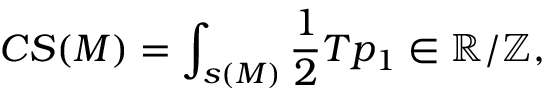
C S ( M ) = \int _ { s ( M ) } { \frac { 1 } { 2 } } T p _ { 1 } \in \mathbb { R } / \mathbb { Z } ,